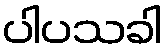
ပါပသခါ